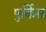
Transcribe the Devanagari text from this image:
पुर्किस